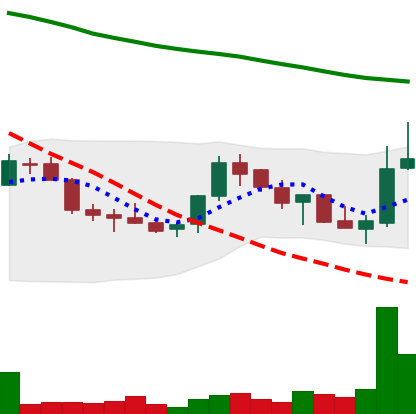
Ticker: LINK-USD
Chart end date: 2018-07-26
Forward return: 16.719%
Label: up_7plus